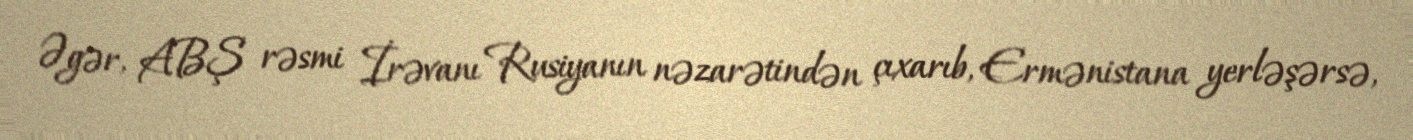
Əgər, ABŞ rəsmi İrəvanı Rusiyanın nəzarətindən çıxarıb, Ermənistana yerləşərsə,